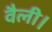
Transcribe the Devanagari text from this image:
वैली।